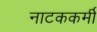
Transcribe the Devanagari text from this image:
नाटककर्मी